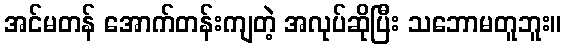
အင်မတန် အောက်တန်းကျတဲ့ အလုပ်ဆိုပြီး သဘောမတူဘူး။